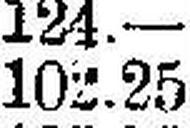
102.25